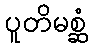
ပူတိမစ္ဆံ